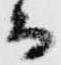
而